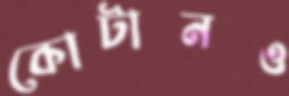
কোটানও